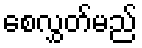
စေလွှတ်မည်